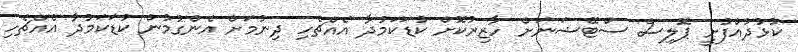
ކުޅުދުއްފުށީ ޕޮލިސް ސްޓޭޝަނަށް ހާޒިރުކޮށް ކުޑަކަމުދާ އެއްޗެހި ދިނުމަށް އެންގުމުން ކުޑަކަމުދާ އެއްޗެހި